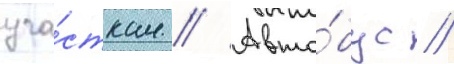
уча́сткам // Авто́бус //